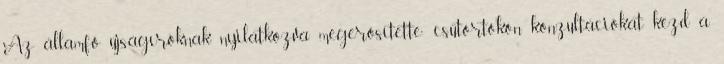
Az államfő újságíróknak nyilatkozva megerősítette: csütörtökön konzultációkat kezd a